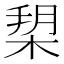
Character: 𣓞